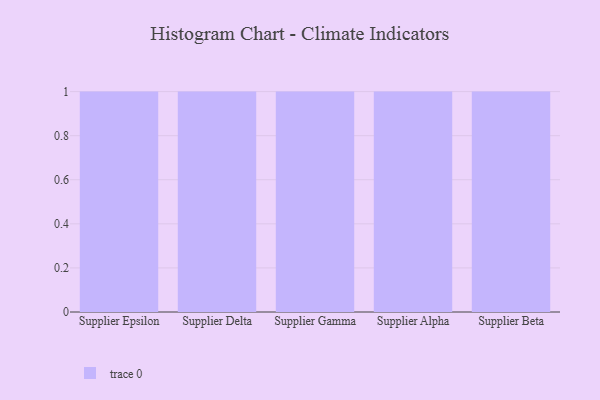
{"axis": {"x": "Supplier", "y": "Population (Million)"}, "legend": [""], "data": [{"x": "Supplier Epsilon", "y": 97, "type": ""}, {"x": "Supplier Delta", "y": 24, "type": ""}, {"x": "Supplier Gamma", "y": 81, "type": ""}, {"x": "Supplier Alpha", "y": 63, "type": ""}, {"x": "Supplier Beta", "y": 15, "type": ""}]}